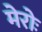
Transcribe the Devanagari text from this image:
मेरोः